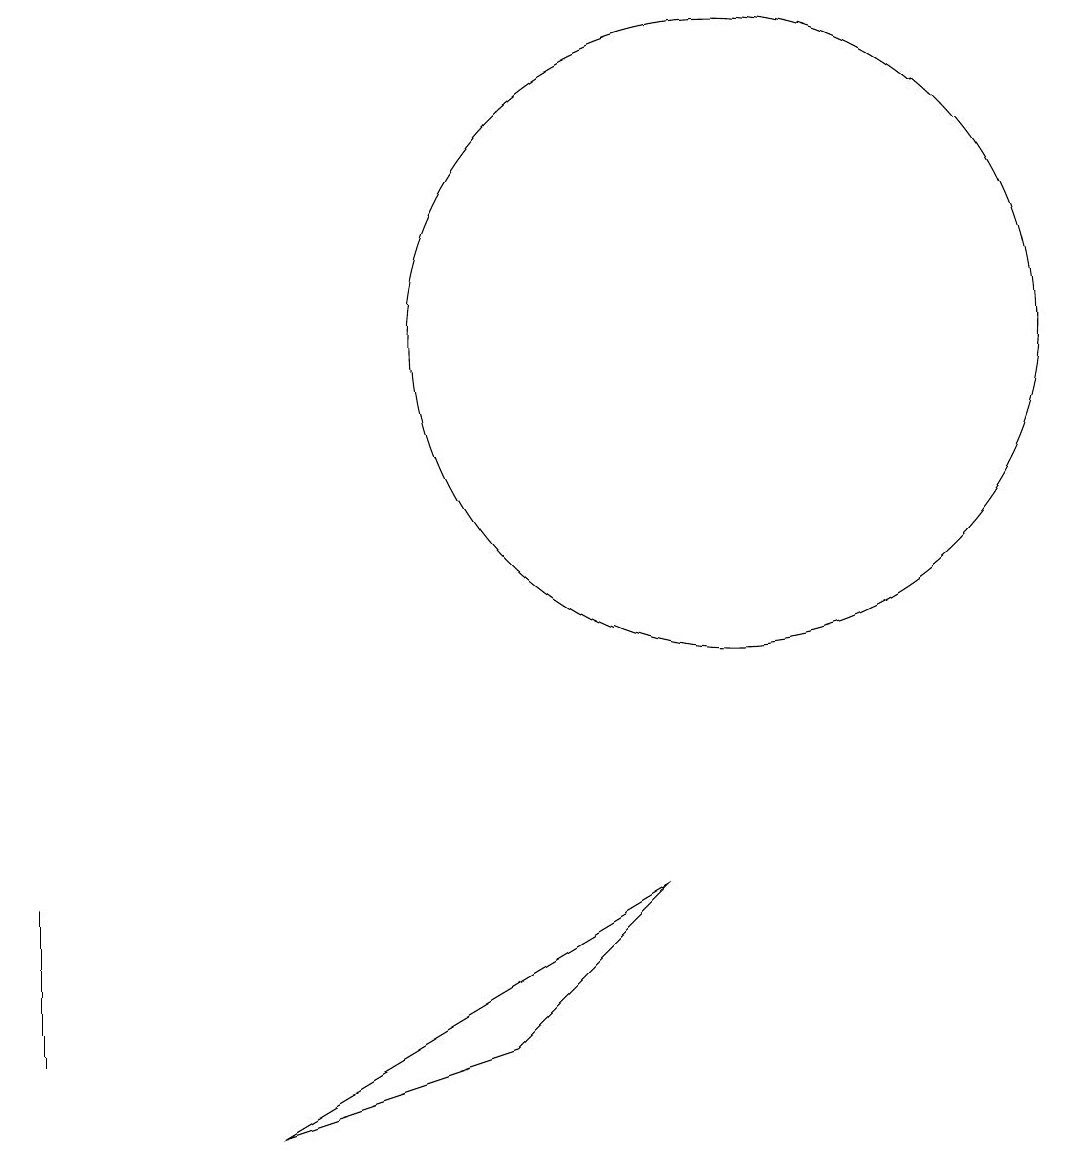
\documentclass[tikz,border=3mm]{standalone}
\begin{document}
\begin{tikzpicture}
\draw (1,1) -- (1,3) -- (1,3) -- cycle;
\draw (10,10) circle (4);
\draw (4,0) -- (9,3) -- (7,1) -- cycle;
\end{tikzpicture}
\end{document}